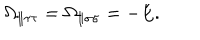
\Omega _ { \parallel \tau \tau } = \Omega _ { \parallel \sigma \sigma } = - E .